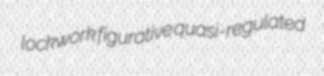
lockwork figurative quasi-regulated